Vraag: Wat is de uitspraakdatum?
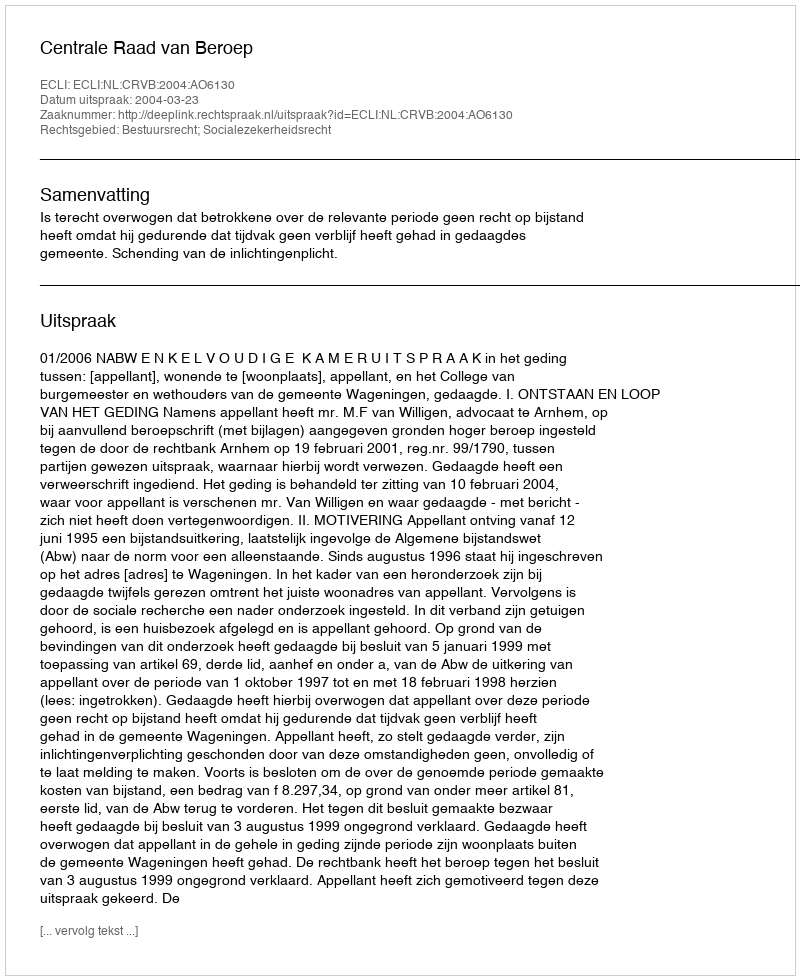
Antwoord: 2004-03-23